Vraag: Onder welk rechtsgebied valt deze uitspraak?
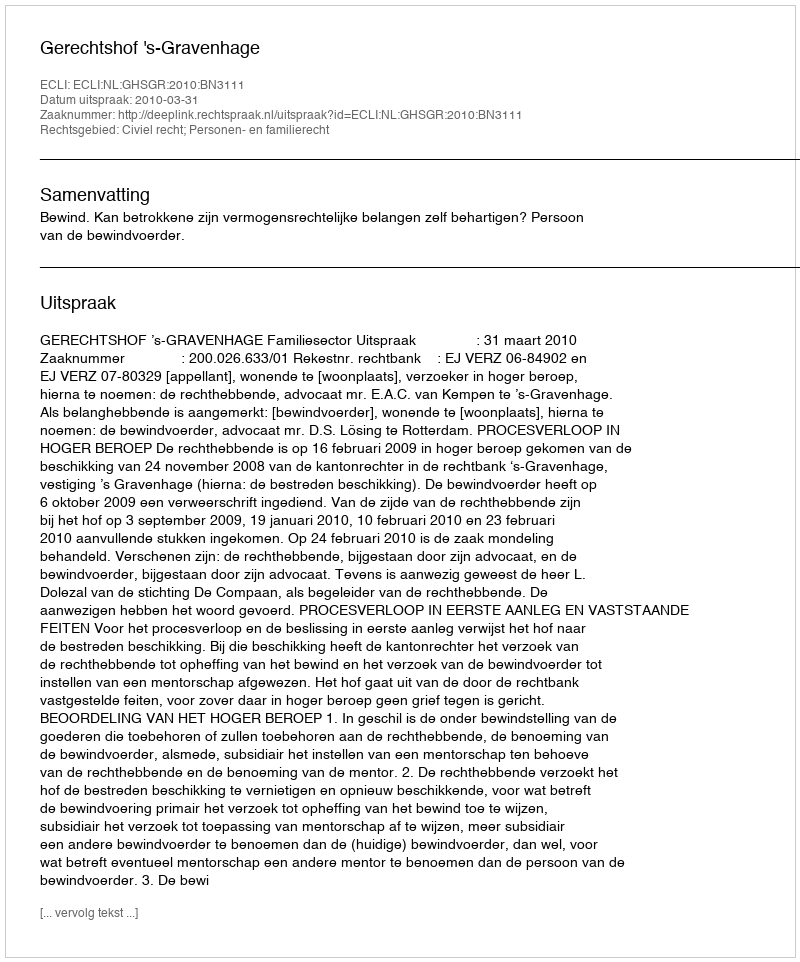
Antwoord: Civiel recht; Personen- en familierecht